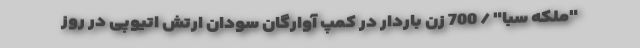
"ملکه سبا" / 700 زن باردار در کمپ آوارگان سودان ارتش اتیوپی در روز